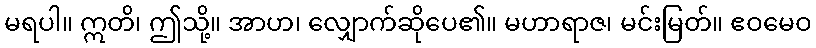
မရပါ။ ဣတိ၊ ဤသို့။ အာဟ၊ လျှောက်ဆိုပေ၏။ မဟာရာဇ၊ မင်းမြတ်။ ဧဝမေဝ